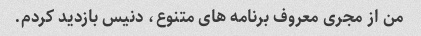
من از مجری معروف برنامه های متنوع، دنیس بازدید کردم.